Indian journal of veterinary science and animal husbandry - Volume 11,
Year: 1941
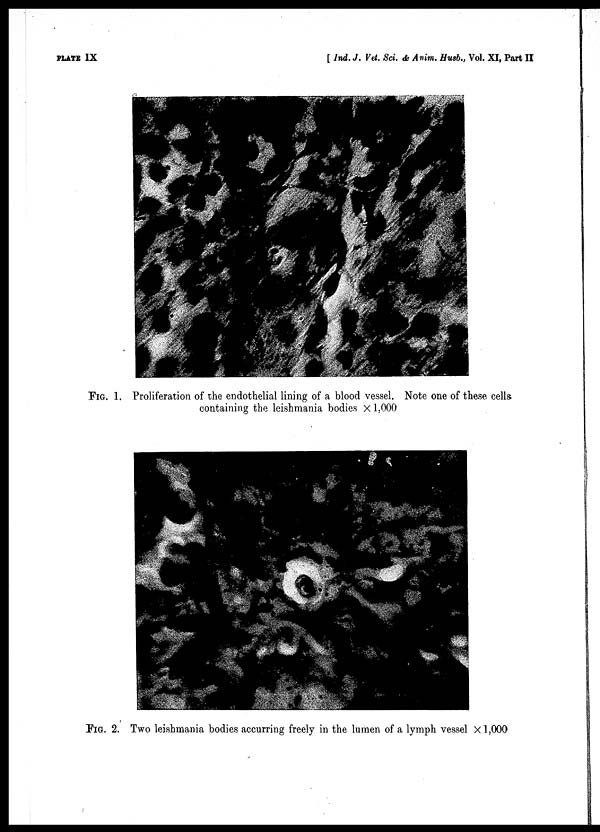
PLATE IX
[ Ind. J. Vet. Sci. & Anim. Husb., Vol. XI, Part II
FIG. 1. Proliferation of the endothelial lining of a blood vessel. Note one of these cells
containing the leishmania bodies × 1.000
FIG. 2. Two leishmania bodies accurring freely in the lumen of a lymph vessel × 1,000